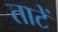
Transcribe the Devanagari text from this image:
ताटें